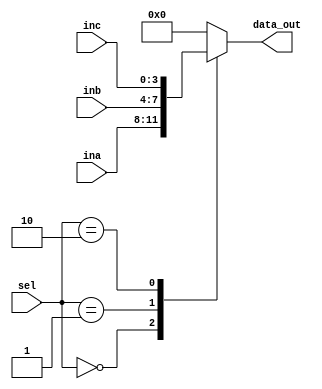
module Mux(sel,ina,inb,inc,data_out);
    input [1:0] sel;
    input [3:0] ina,inb,inc;
    output reg [3:0] data_out;
    always@(*)
        case(sel) 
            2'b00 : data_out = ina;
            2'b01 : data_out = inb;
            2'b10 : data_out = inc;
            default : data_out = 0;
        endcase
endmodule